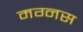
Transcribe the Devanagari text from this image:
मग्नस